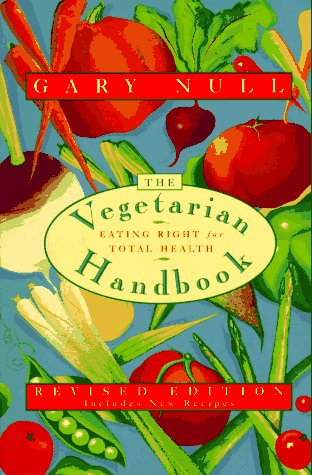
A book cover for The Vegetarian Handbook: Eating Right for Total Health; Gary Null; Health, Fitness & Dieting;